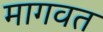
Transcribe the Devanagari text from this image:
मागवत